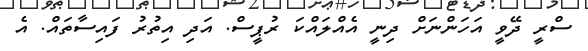
ސްރީ ދޭވީ އަހަންނަށް ދިނީ އެއްލައްކަ ރުޕީސް. އަދި އިތުރު ފައިސާތައް. އެ